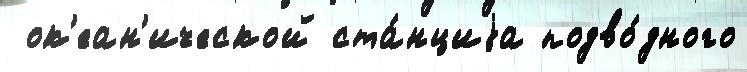
 ок'еан'ической ста́нциjа подво́дного